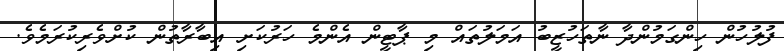
ފުލުހުން ހިންގަމުންދާ ނާތަހުޒީބު އަމަލުތައް މި ޕާޓީން އެންމެ ހަރުކަށި އިބާރާތުން ކުށްވެރިކުރަމެވެ.